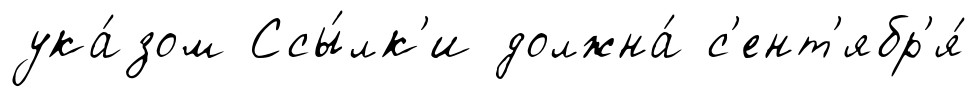
ука́зом Ссы́лк'и должна́ с'ент'ябр'я́